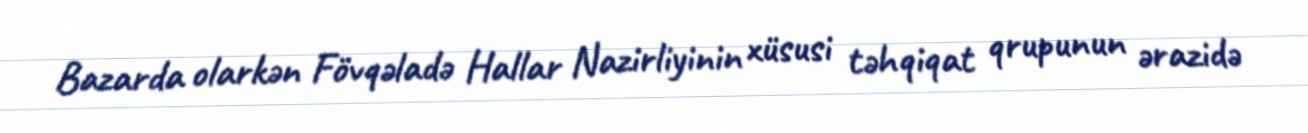
Bazarda olarkən Fövqəladə Hallar Nazirliyinin xüsusi təhqiqat qrupunun ərazidə